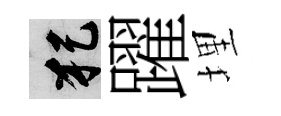
犯躍埋